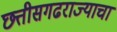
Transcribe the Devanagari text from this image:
छत्तीसगढराज्याचा